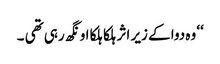
‘‘ وہ دوا کے زیر اثر ہلکا ہلکا اونگھ رہی تھی ۔